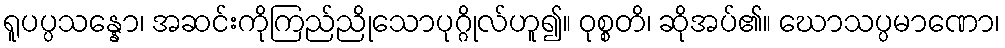
ရူပပ္ပသန္နော၊ အဆင်းကိုကြည်ညိုသောပုဂ္ဂိုလ်ဟူ၍။ ဝုစ္စတိ၊ ဆိုအပ်၏။ ဃောသပ္ပမာဏော၊